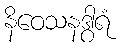
နိဝေသနဒွါရံ